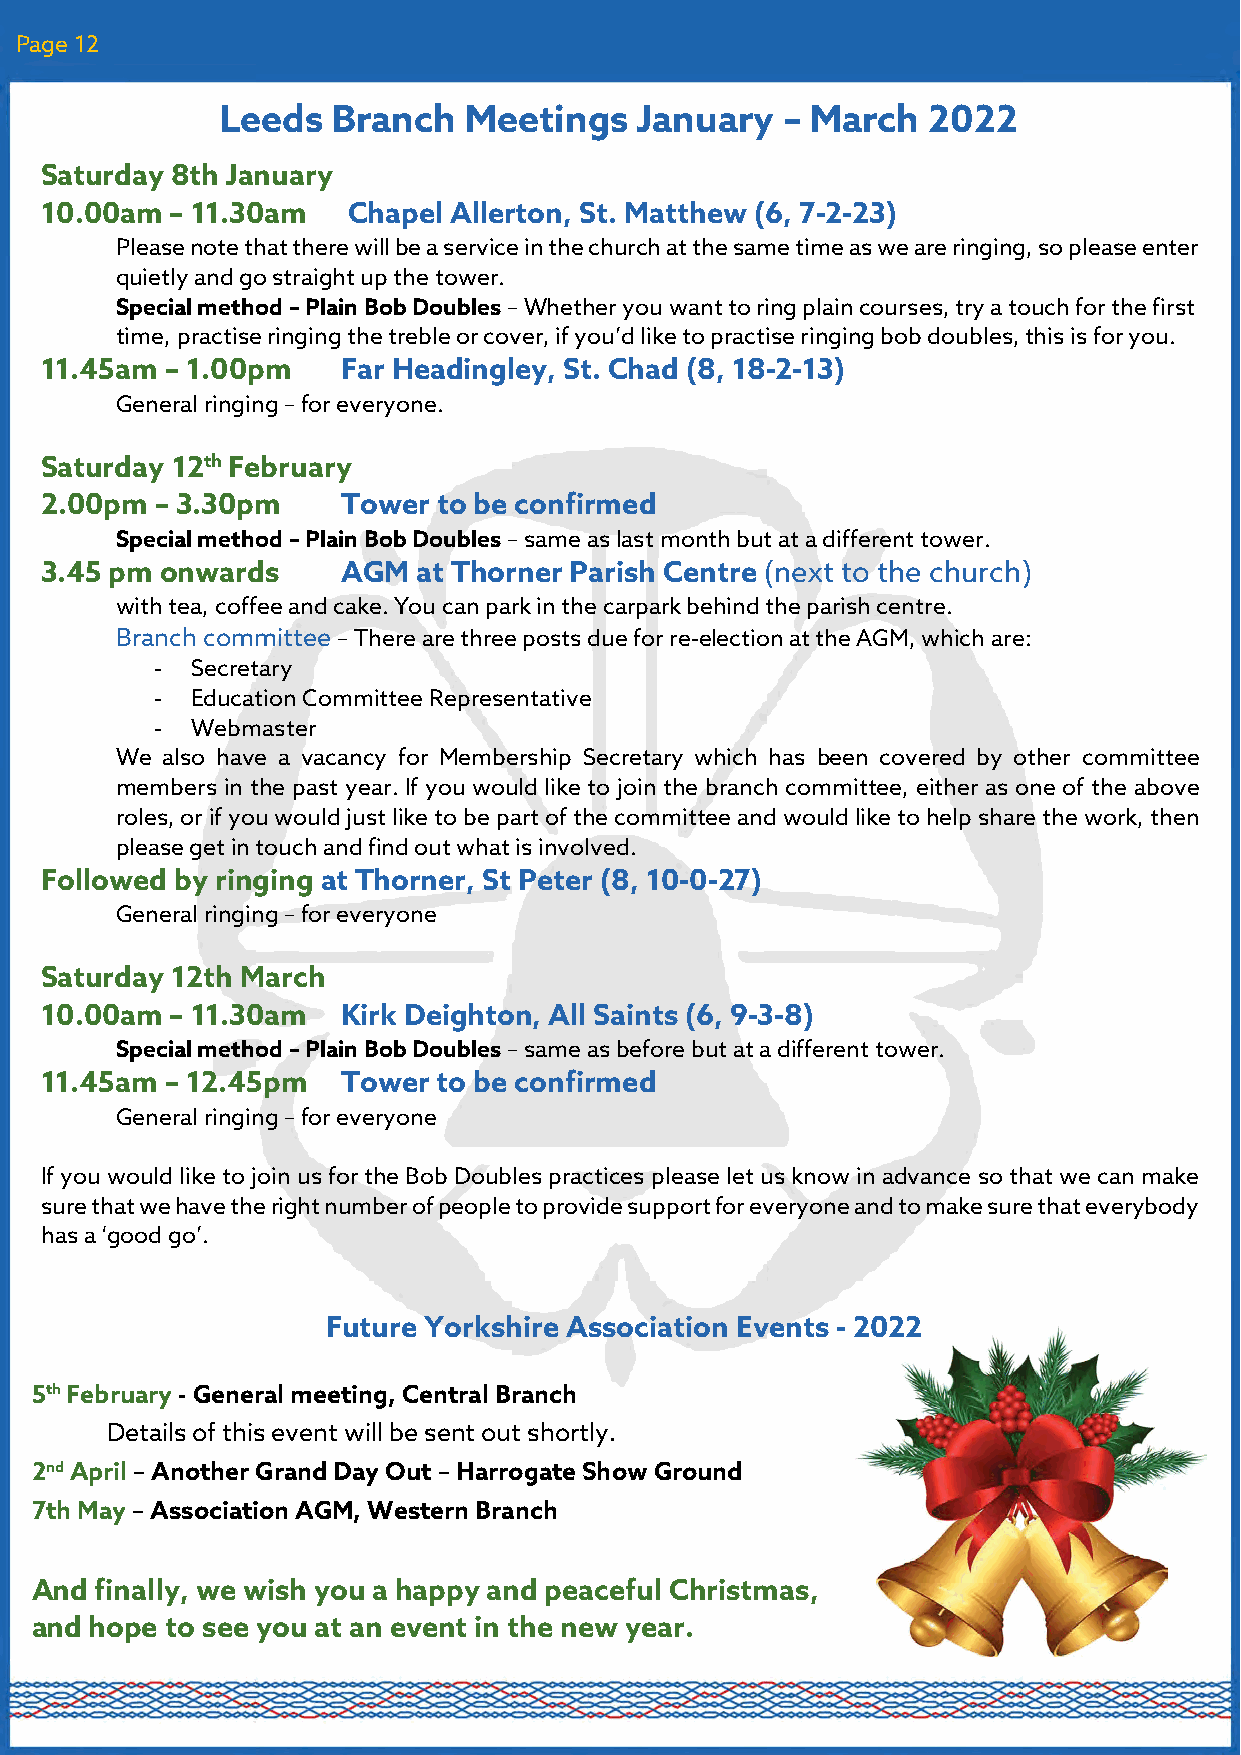
Page 12
 Leeds  Branch   Meetings   January   – March  2022
 Saturday 8th January
 10.00am – 11.30am   Chapel Allerton, St. Matthew (6, 7-2-23)
 Please note that there will be a service in the chu rch at the same time as we are ringing, so please enter
 quietly and go straight up the tower.
 Special method – Plain Bob Doubles – Whether you want to ring plain courses, try a touch for the first
 time, practise ringing the treble or cover, if you’d like to practise ringing bob doubles, this is for you.
 11.45am – 1.00pm    Far Headingley, St. Chad (8, 18-2-13)
 General ringing – for everyone.
 Saturday 12th February
 2.00pm – 3.30pm     Tower to be confirmed
 Special method – Plain Bob Doubles – same as last month but at a different tower.
 3.45 pm onwards     AGM  at Thorner Parish Centre (next to the church)
 with tea, coffee and cake. You can park in the carpark behind the parish centre.
 Branch committee – There are three posts due for re-election at the AGM, which are:
 -  Secretary
 -  Education Committee Representative
 -  Webmaster
 We also have a vacancy for Membership Secretary which has been covered by other committee
 members in the past year. If you would like to join the branch committee, either as one of the above
 roles, or if you would just like to be part of the committee and would like to help share the work, then
 please get in touch and find out what is involved.
 Followed by ringing at Thorner, St Peter (8, 10-0-27)
 General ringing – for everyone
 Saturday 12th March
 10.00am – 11.30am   Kirk Deighton, All Saints (6, 9-3-8)
 Special method – Plain Bob Doubles – same as before but at a different tower.
 11.45am – 12.45pm   Tower to be confirmed
 General ringing – for everyone
 If you would like to join us for the Bob Doubles practices please let us know in advance so that we can make
 sure that we have the right number of people to provide support for everyone and to make sure that everybody
 has a ‘good go’.
 Future Yorkshire Association Events - 2022
 5th February - General meeting, Central Branch
 D e tails of this event will be sent out shortly.
 2nd April – Another Grand Day Out – Harrogate Show Ground
 7th May – Association AGM, Western Branch
 And finally, we wish you a happy and peaceful Christmas,
 and hope to see you at an event in the new year.